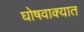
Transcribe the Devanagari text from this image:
घोषवाक्यात